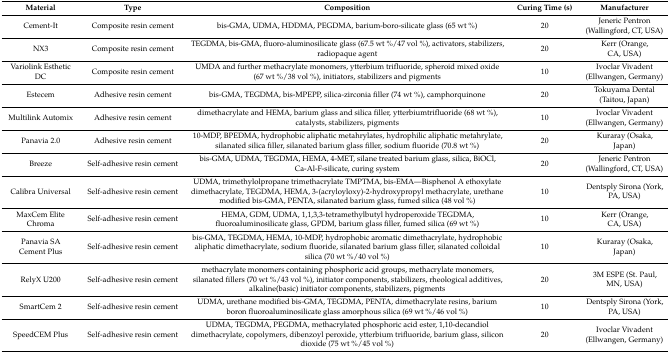
<table><thead><tr><td><b>Material</b></td><td><b>Type</b></td><td><b>Composition</b></td><td><b>Curing Time (s)</b></td><td><b>Manufacturer</b></td></tr></thead><tbody><tr><td>Cement-It</td><td>Composite resin cement</td><td>bis-GMA, UDMA, HDDMA, PEGDMA, barium-boro-silicate glass (65 wt %)</td><td>20</td><td>Jeneric Pentron (Wallingford, CT, USA)</td></tr><tr><td>NX3</td><td>Composite resin cement</td><td>TEGDMA, bis-GMA, fluoro-aluminosilicate glass (67.5 wt %/47 vol %), activators, stabilizers, radiopaque agent</td><td>20</td><td>Kerr (Orange, CA, USA)</td></tr><tr><td>Variolink Esthetic DC</td><td>Composite resin cement</td><td>UMDA and further methacrylate monomers, ytterbium trifluoride, spheroid mixed oxide (67 wt %/38 vol %), initiators, stabilizers and pigments</td><td>10</td><td>Ivoclar Vivadent (Ellwangen, Germany)</td></tr><tr><td>Estecem</td><td>Adhesive resin cement</td><td>bis-GMA, TEGDMA, bis-MPEPP, silica-zirconia filler (74 wt %), camphorquinone</td><td>20</td><td>Tokuyama Dental (Taitou, Japan)</td></tr><tr><td>Multilink Automix</td><td>Adhesive resin cement</td><td>dimethacrylate and HEMA, barium glass and silica filler, ytterbiumtrifluoride (68 wt %), catalysts, stabilizers, pigments</td><td>10</td><td>Ivoclar Vivadent (Ellwangen, Germany)</td></tr><tr><td>Panavia 2.0</td><td>Adhesive resin cement</td><td>10-MDP, BPEDMA, hydrophobic aliphatic metahrylates, hydrophilic aliphatic metahrylate, silanated silica filler, silanated barium glass filler, sodium fluoride (70.8 wt %)</td><td>20</td><td>Kuraray (Osaka, Japan)</td></tr><tr><td>Breeze</td><td>Self-adhesive resin cement</td><td>bis-GMA, UDMA, TEGDMA, HEMA, 4-MET, silane treated barium glass, silica, BiOCl, Ca-Al-F-silicate, curing system</td><td>20</td><td>Jeneric Pentron (Wallingford, CT, USA)</td></tr><tr><td>Calibra Universal</td><td>Self-adhesive resin cement</td><td>UDMA, trimethylolpropane trimethacrylate TMPTMA, bis-EMA—Bisphenol A ethoxylate dimethacrylate, TEGDMA, HEMA, 3-(acryloyloxy)-2-hydroxypropyl methacrylate, urethane modified bis-GMA, PENTA, silanated barium glass, fumed silica (48 vol %)</td><td>10</td><td>Dentsply Sirona (York, PA, USA)</td></tr><tr><td>MaxCem Elite Chroma</td><td>Self-adhesive resin cement</td><td>HEMA, GDM, UDMA, 1,1,3,3-tetramethylbutyl hydroperoxide TEGDMA, fluoroaluminosilicate glass, GPDM, barium glass filler, fumed silica (69 wt %)</td><td>10</td><td>Kerr (Orange, CA, USA)</td></tr><tr><td>Panavia SA Cement Plus</td><td>Self-adhesive resin cement</td><td>bis-GMA, TEGDMA, HEMA, 10-MDP, hydrophobic aromatic dimethacrylate, hydrophobic aliphatic dimethacrylate, sodium fluoride, silanated barium glass filler, silanated colloidal silica (70 wt %/40 vol %)</td><td>10</td><td>Kuraray (Osaka, Japan)</td></tr><tr><td>RelyX U200</td><td>Self-adhesive resin cement</td><td>methacrylate monomers containing phosphoric acid groups, methacrylate monomers, silanated fillers (70 wt %/43 vol %), initiator components, stabilizers, rheological additives, alkaline(basic) initiator components, stabilizers, pigments</td><td>20</td><td>3M ESPE (St. Paul, MN, USA)</td></tr><tr><td>SmartCem 2</td><td>Self-adhesive resin cement</td><td>UDMA, urethane modified bis-GMA, TEGDMA, PENTA, dimethacrylate resins, barium boron fluoroaluminosilicate glass amorphous silica (69 wt %/46 vol %)</td><td>10</td><td>Dentsply Sirona (York, PA, USA)</td></tr><tr><td>SpeedCEM Plus</td><td>Self-adhesive resin cement</td><td>UDMA, TEGDMA, PEGDMA, methacrylated phosphoric acid ester, 1,10-decandiol dimethacrylate, copolymers, dibenzoyl peroxide, ytterbium trifluoride, barium glass, silicon dioxide (75 wt %/45 vol %)</td><td>20</td><td>Ivoclar Vivadent (Ellwangen, Germany)</td></tr></tbody></table>